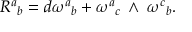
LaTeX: { R ^ { a } } _ { b } = { d \omega ^ { a } } _ { b } + { \omega ^ { a } } _ { c } \mathrm { \tiny ~ \wedge ~ } { \omega ^ { c } } _ { b } .